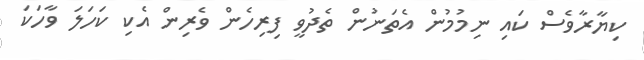
ކިޔާރާވެސް ކައި ނިމުމުން އެތަނުން ތެދުވީ ފިރިހެން ވެރިން އެކި ކަހަލަ ވާހަކަ